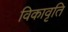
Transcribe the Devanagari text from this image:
विकावृति